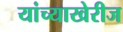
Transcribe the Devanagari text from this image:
यांच्याखेरीज